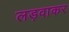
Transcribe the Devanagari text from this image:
लड़वाकर